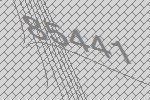
85441